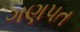
ગણપત